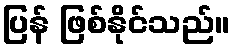
ပြန် ဖြစ်နိုင်သည်။